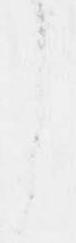
し